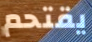
يقتحم